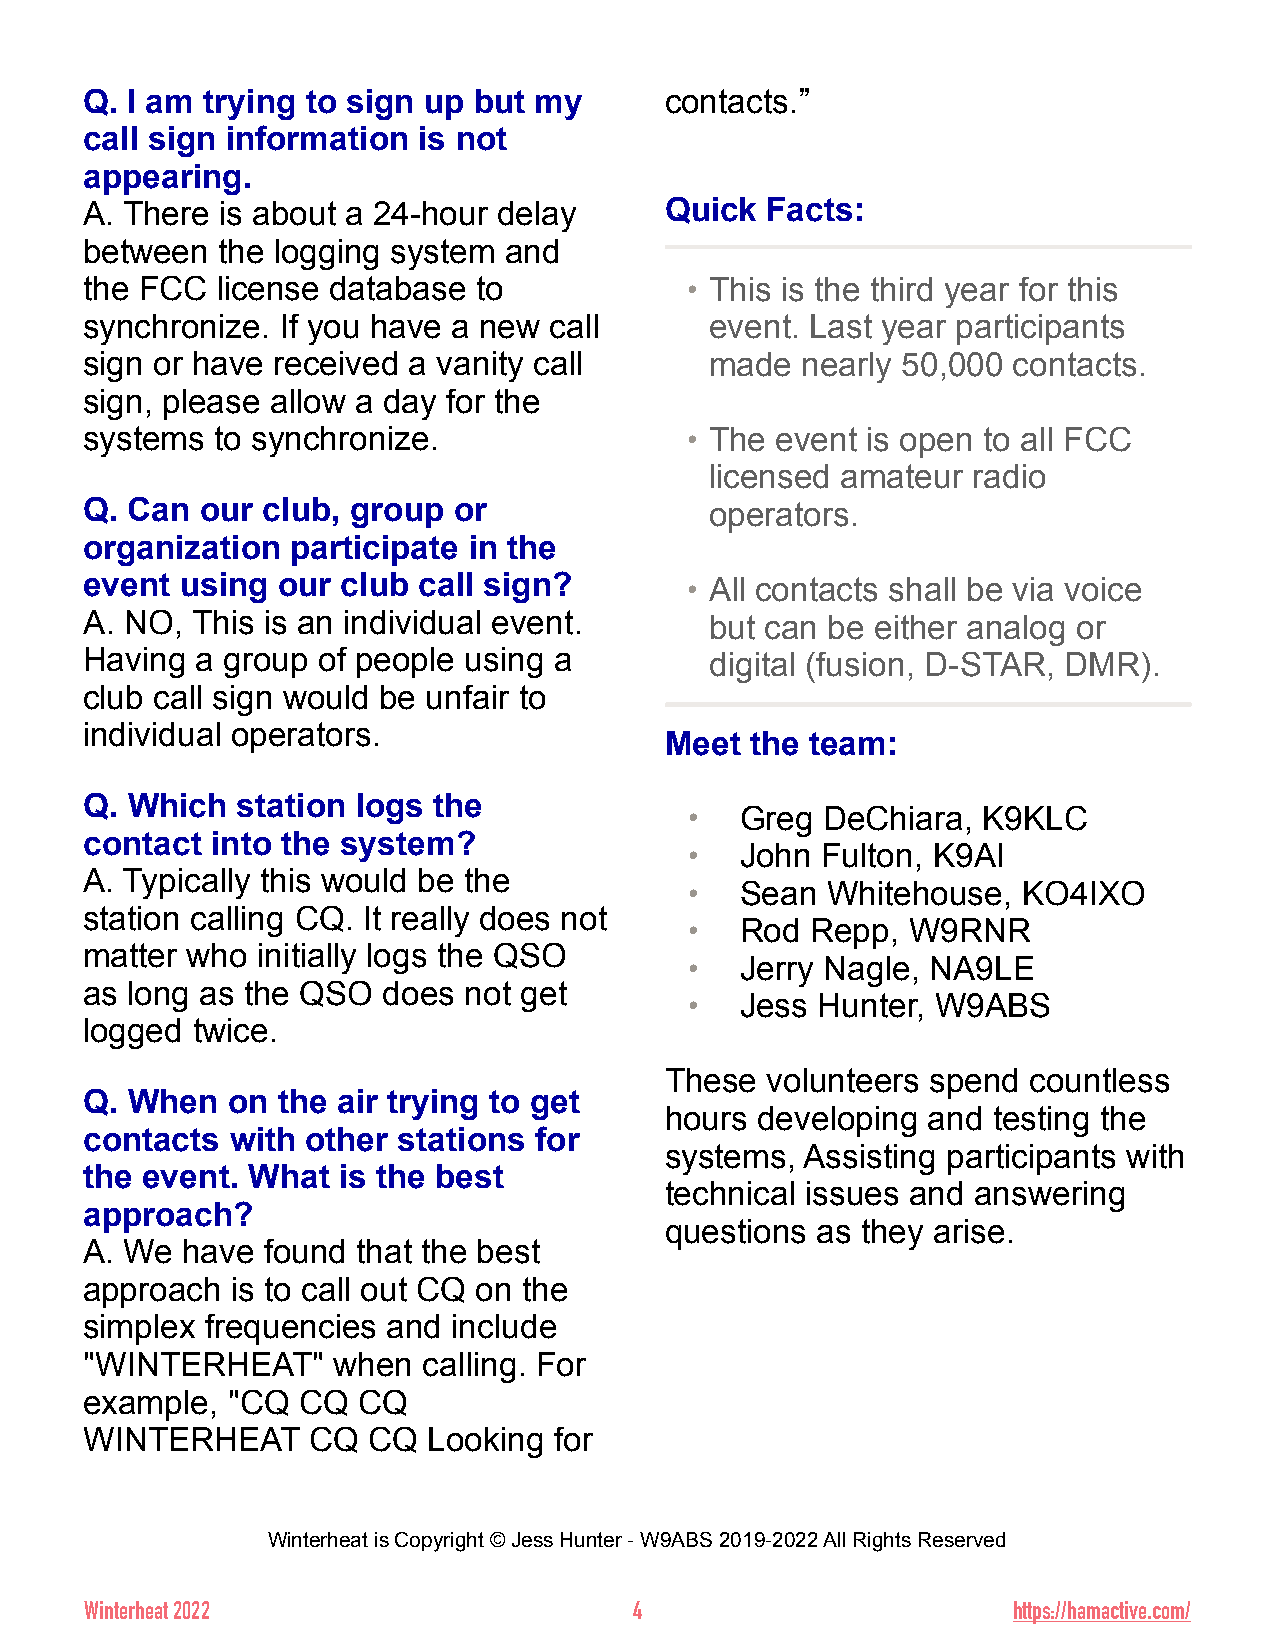
Q. I am trying to sign up but my      contacts.”
 call sign information is not
 appearing.
 A. There is about a 24-hour delay     Quick  Facts:
 between the logging system and
 the FCC license database  to           • This is the third year for this
 synchronize. If you have a new call      event. Last year participants
 sign or have received a vanity call      made  nearly 50,000 contacts.
 sign, please allow a day for the
 systems to synchronize.                • The event is open to all FCC
 licensed amateur radio
 Q. Can our club, group  or               operators.
 organization participate in the
 event using our  club call sign?       • All contacts shall be via voice
 A. NO, This is an individual event.      but can be either analog or
 Having a group of people using a         digital (fusion, D-STAR, DMR).
 club call sign would be unfair to
 individual operators.
 Meet  the team:
 Q. Which  station logs the
 •  Greg  DeChiara, K9KLC
 contact into the system?
 •  John Fulton, K9AI
 A. Typically this would be the
 •  Sean  Whitehouse,  KO4IXO
 station calling CQ. It really does not
 •  Rod  Repp, W9RNR
 matter who initially logs the QSO
 •  Jerry Nagle, NA9LE
 as long as the QSO does  not get
 •  Jess Hunter, W9ABS
 logged twice.
 These  volunteers spend countless
 Q. When  on the air trying to get
 hours developing and  testing the
 contacts with other stations for
 systems, Assisting participants with
 the event. What is the best
 technical issues and answering
 approach?
 questions as they arise.
 A. We have found  that the best
 approach is to call out CQ on the
 simplex frequencies and include
 "WINTERHEAT"    when  calling. For
 example, "CQ  CQ  CQ
 WINTERHEAT     CQ CQ  Looking  for
 Winterheat is Copyright © Jess Hunter - W9ABS 2019-2022 All Rights Reserved
 Winterheat 2022                     4                        https://hamactive.com/